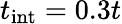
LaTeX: t_{\textrm{int}}=0.3t